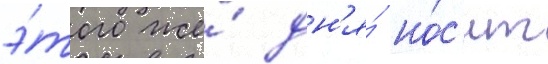
э́того же́ дн'я́ но́с'ит